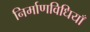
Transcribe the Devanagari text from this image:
निर्माणविधियाँ